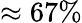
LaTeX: \approx 67\%